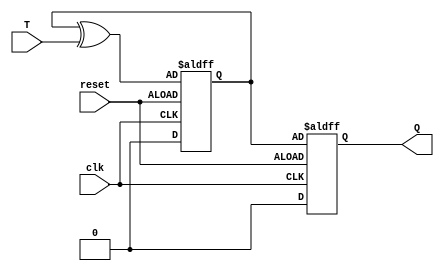
module t_flip_flop (
    input wire clk,
    input wire T,
    input wire reset,
    output reg Q
);

reg D;

always @(posedge clk or negedge reset) begin
    if (reset) begin
        D <= 1'b0;
    end else begin
        D <= D ^ T;
    end
end

always @(posedge clk or negedge reset) begin
    if (reset) begin
        Q <= 1'b0;
    end else begin
        Q <= D;
    end
end

endmodule